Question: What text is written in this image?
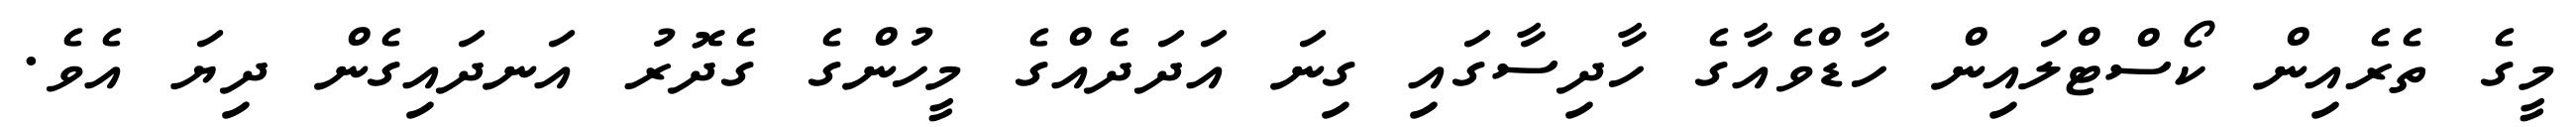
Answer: މީގެ ތެރެއިން ކޯސްޓްލައިން ހާޑްވެއާގެ ހާދިސާގައި ގިނަ އަދަދެއްގެ މީހުންގެ ގެދޮރު އަނދައިގެން ދިޔަ އެވެ.